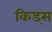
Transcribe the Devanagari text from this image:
किड्‍स